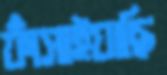
ফাঁসাইয়াছি